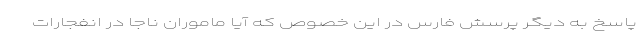
پاسخ به دیگر پرسش فارس در این خصوص که آیا ماموران ناجا در انفجارات